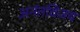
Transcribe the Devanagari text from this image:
अनंतविजय